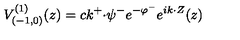
V _ { ( { - } 1 , 0 ) } ^ { ( 1 ) } ( z ) = c k ^ { + } { \cdot } \psi ^ { - } e ^ { - \varphi ^ { - } } e ^ { i k { \cdot } Z } ( z )